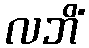
လဘိံ